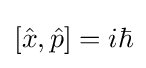
[{\hat {x}},{\hat {p}}]=i\hbar